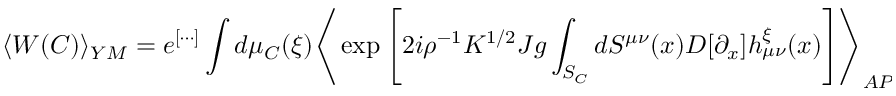
\langle W ( C ) \rangle _ { Y M } = e ^ { [ \cdots ] } \int d \mu _ { C } ( \xi ) \Biggr \langle \exp \left[ 2 i \rho ^ { - 1 } K ^ { 1 / 2 } J g \int _ { S _ { C } } d S ^ { \mu \nu } ( x ) { \cal D } [ \partial _ { x } ] h _ { \mu \nu } ^ { \xi } ( x ) \right] \Biggr \rangle _ { A P E G T } ,